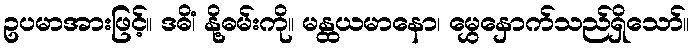
ဥပမာအားဖြင့်။ ဒဓိံ၊ နို့ဓမ်းကို။ မန္ထယမာနော၊ မွှေနှောက်သည်ရှိသော်။